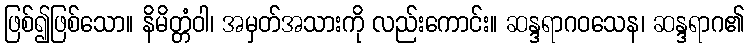
ဖြစ်၍ဖြစ်သော။ နိမိတ္တံဝါ၊ အမှတ်အသားကို လည်းကောင်း။ ဆန္ဒရာဂဝသေန၊ ဆန္ဒရာဂ၏